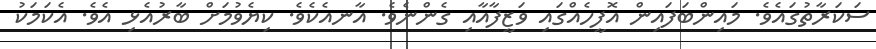
ސަކަރާތުގައެވެ. މައިންބަފައިން އޮފީހެއްގައި ވަޒީފާއާއި ގެންނެވެ. އާނއެކެވެ. ކިޔެވުމަށް ބާރުއެޅި އެވެ. އެކަމަކު